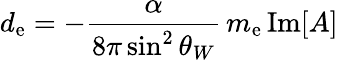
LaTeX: d_{\mathrm{e}}=-\frac{{\alpha}}{{8\pi\sin^{2}\theta_{W}}}\, m_{\mathrm{e}}\, \mathrm{{Im}}[A]